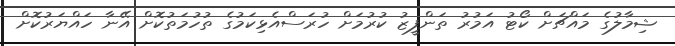
ޝިމާލުގެ މައްޗަށް ކޯޓު އަމުރު ތަންފީޒު ކުރުމަށް ހުރަސްއެޅިކަމުގެ ތުހުމަތުކޮށް އޭނާ ހައްޔަރުކޮށް